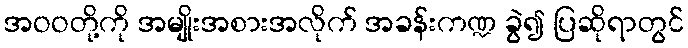
အဝဝတို့ကို အမျိုးအစားအလိုက် အခန်းကဏ္ဍ ခွဲ၍ ပြဆိုရာတွင်